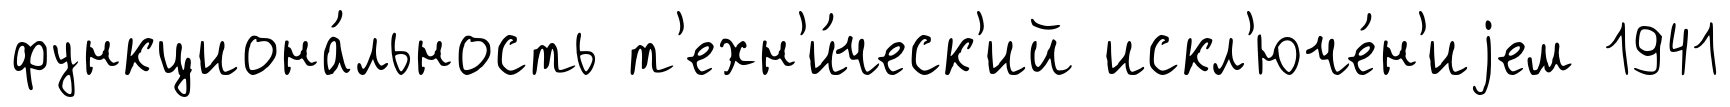
функциона́льность т'ехн'и́ческ'ий искл'юче́н'иjем 1941